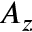
A _ { z }